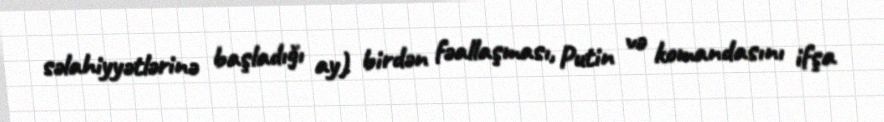
səlahiyyətlərinə başladığı ay) birdən fəallaşması, Putin və komandasını ifşa